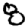
Digit: 8